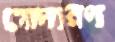
গোদারণ